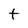
Character: t